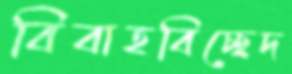
বিবাহবিচ্ছেদ